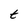
Character: t